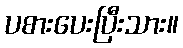
ပစားပေးပြီးသား။